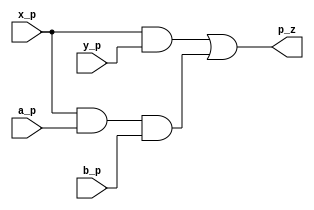
module Celda_final_d_i (

/*Tiene 4 entradas 1 salida*/
    input wire a_p,
    input wire b_p,
    input wire x_p,
    input wire y_p,
    output wire p_z
);
assign p_z = x_p&&y_p||x_p&&a_p&&b_p;

endmodule